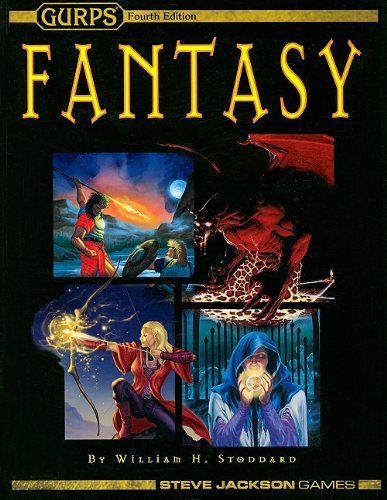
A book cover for GURPS Fantasy 4E Softcover; William H. Stoddard; Science Fiction & Fantasy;